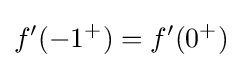
f^{\prime }(-1^{+})=f^{\prime }(0^{+})